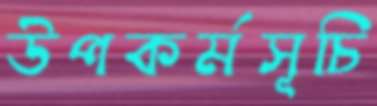
উপকর্মসূচি